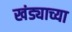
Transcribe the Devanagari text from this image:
खंड्याच्या